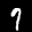
Label: 7